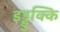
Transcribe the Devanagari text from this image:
इड्डुक्कि